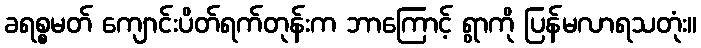
ခရစ္စမတ် ကျောင်းပိတ်ရက်တုန်းက ဘာကြောင့် ရွာကို ပြန်မလာရသတုံး။